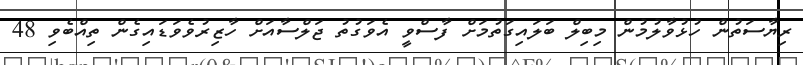
ރިޔާސަތުން ހުޅުވާލުމުން މިބިލް ބަލައިގަތުމަށް ފާސްވީ އެވަގުތު ޖަލްސާއަށް ހާޒިރުވެވަޑައިގެން ތިއްބެވި 48